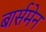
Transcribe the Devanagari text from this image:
बार्समेन